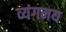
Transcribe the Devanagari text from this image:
व्यंगमय